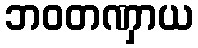
ဘဝတဏှာယ